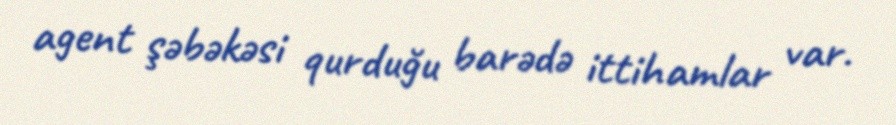
agent şəbəkəsi qurduğu barədə ittihamlar var.